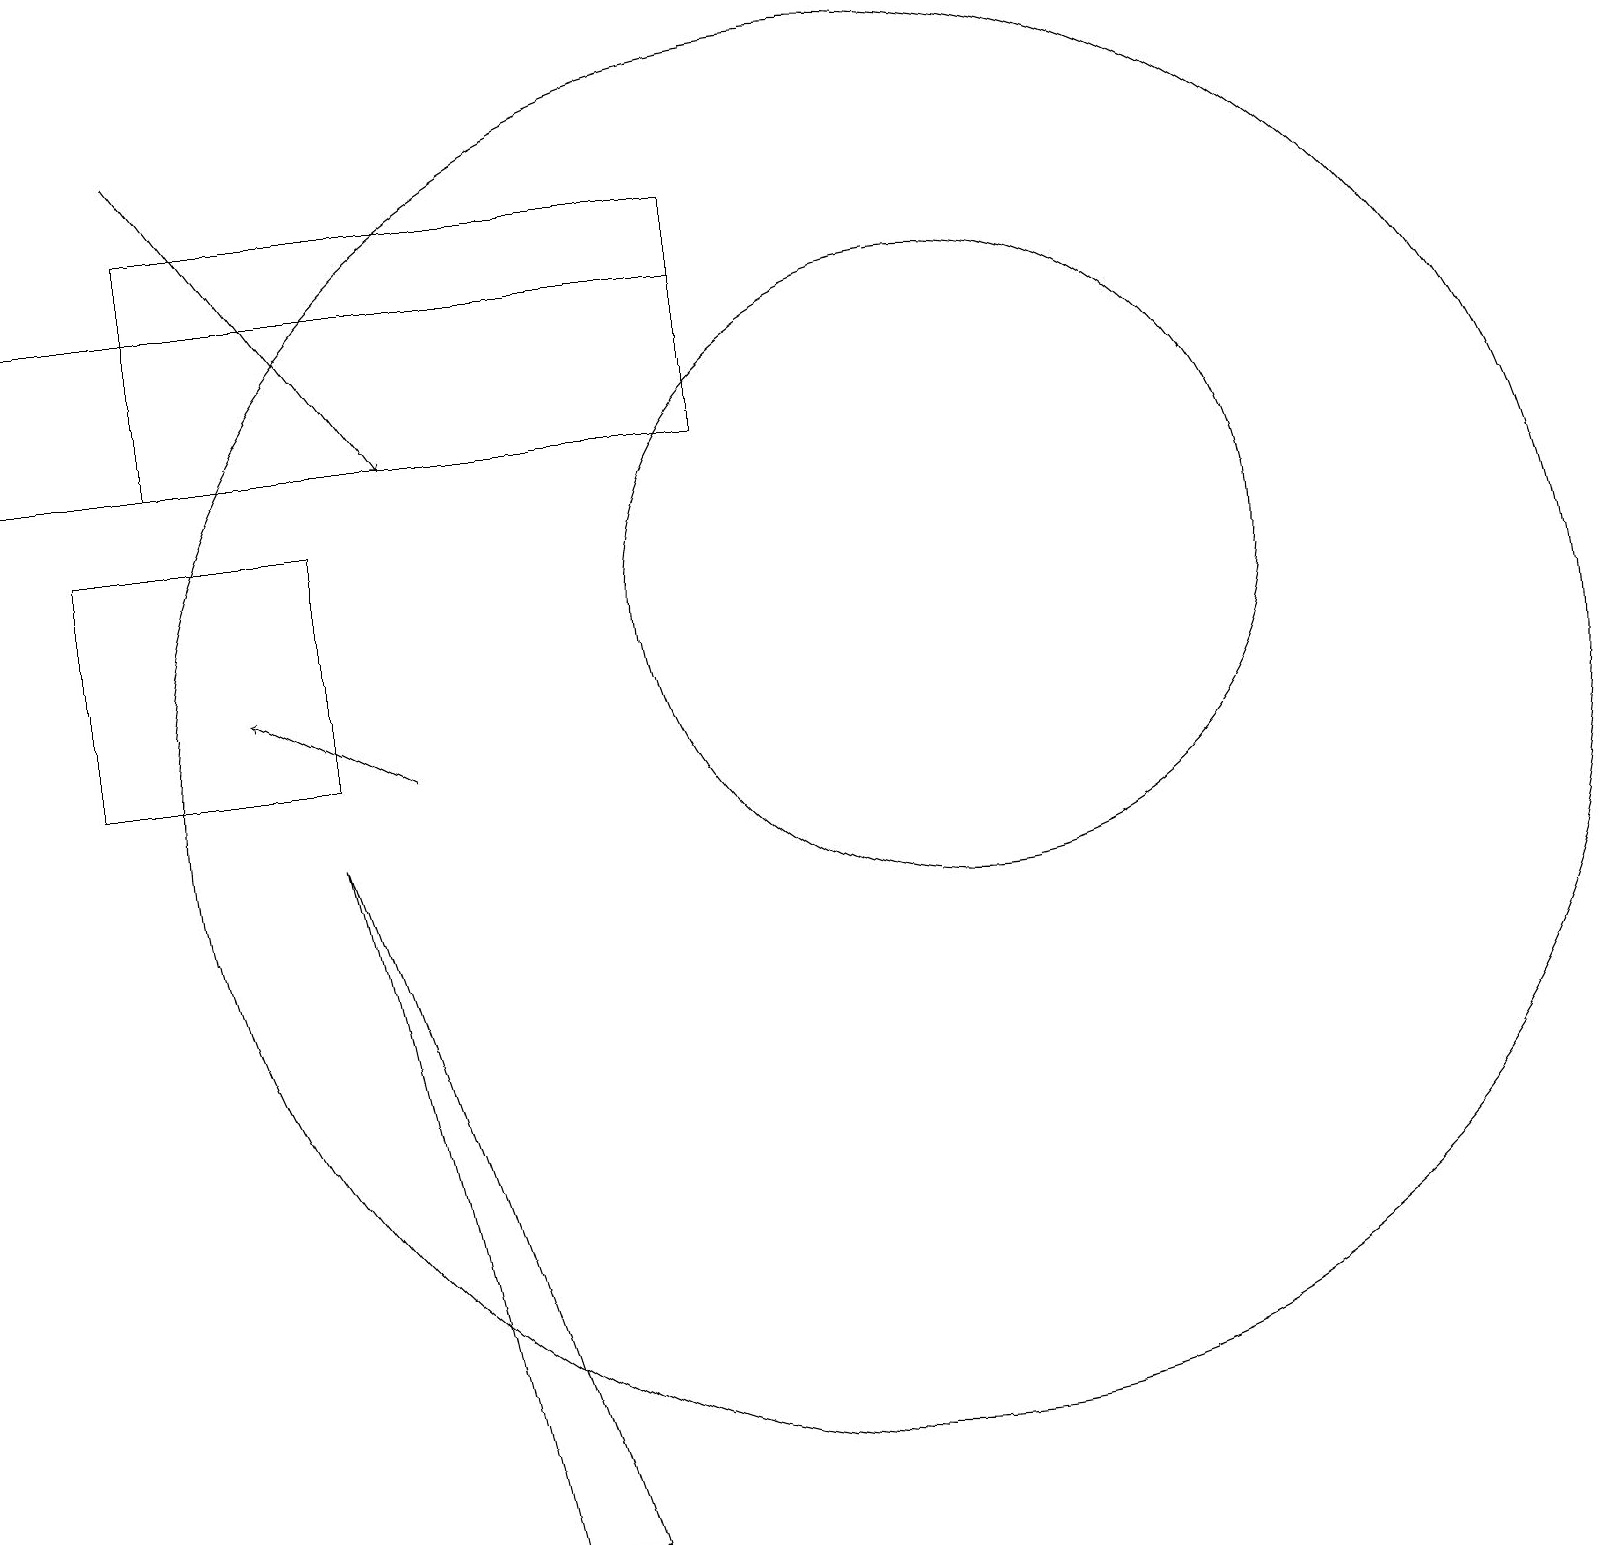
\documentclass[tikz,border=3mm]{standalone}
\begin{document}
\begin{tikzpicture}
\draw (12,12) circle (4);
\draw (11,10) circle (9);
\draw (4,9) -- (6,0) -- (7,0) -- cycle;
\draw[->] (5,10) -- (3,11);
\draw (9,14) rectangle (2,17);
\draw[->] (2,18) -- (5,14);
\draw (1,10) rectangle (4,13);
\draw (0,16) rectangle (9,14);
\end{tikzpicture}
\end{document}